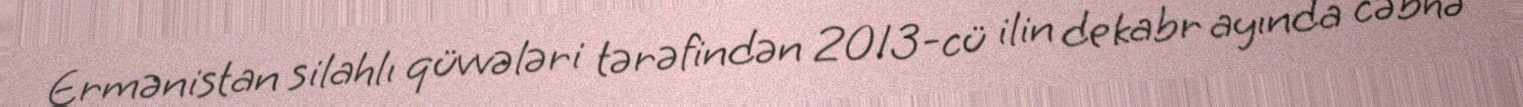
Ermənistan silahlı qüvvələri tərəfindən 2013-cü ilin dekabr ayında cəbhə